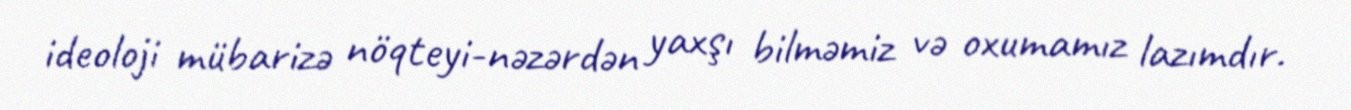
ideoloji mübarizə nöqteyi-nəzərdən yaxşı bilməmiz və oxumamız lazımdır.